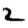
Digit: 2